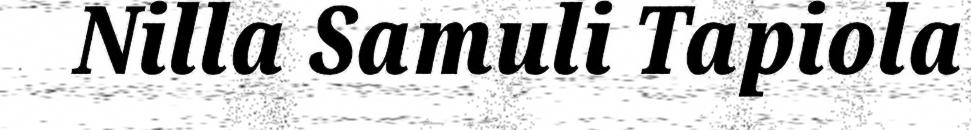
Nilla Samuli Tapiola